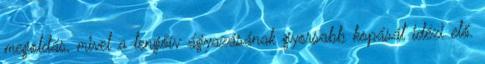
megoldás, mivel a lengőív ágyazásának gyorsabb kopását idézi elő.